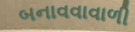
બનાવવાવાળી